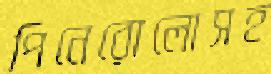
পিনেরোলোসহ